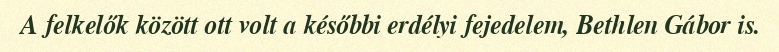
A felkelők között ott volt a későbbi erdélyi fejedelem, Bethlen Gábor is.